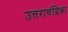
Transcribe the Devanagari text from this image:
उत्तराचंद्रिका